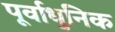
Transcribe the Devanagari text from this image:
पूर्वाधुनिक